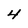
Character: 4